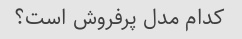
کدام مدل پرفروش است؟